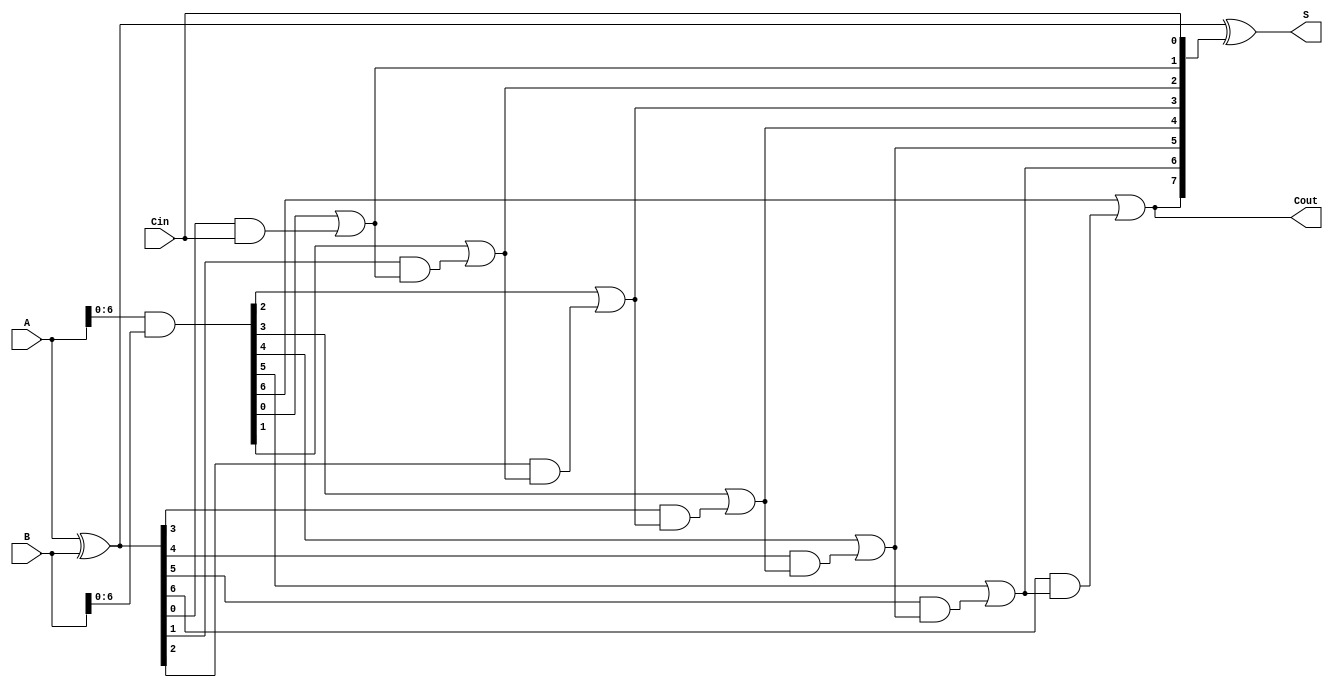
module ParallelPrefixAdder #(
    parameter N = 8 // Parameter for bit width
)(
    input  wire [N-1:0] A,       // Input A
    input  wire [N-1:0] B,       // Input B
    input  wire Cin,              // Carry-in
    output wire [N-1:0] S,       // Sum output
    output wire Cout              // Carry-out
);

    // Generate and Propagate signals
    wire [N-1:0] G; // Generate signals
    wire [N-1:0] P; // Propagate signals
    wire [N:0] C;    // Carry signals (C[N] is Cout)

    // Generate and Propagate calculations
    assign G = A & B;
    assign P = A ^ B;

    // Carry generation logic
    assign C[0] = Cin; // Initial carry-in

    genvar i;
    generate
        // Level 1: Compute carries
        for (i = 1; i < N; i = i + 1) begin : carry_gen
            assign C[i] = G[i-1] | (P[i-1] & C[i-1]);
        end
    endgenerate

    // Final carry-out
    assign Cout = C[N-1];

    // Sum calculation
    assign S = A ^ B ^ C[N-1:0];

endmodule